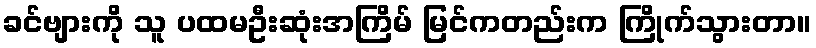
ခင်ဗျားကို သူ ပထမဦးဆုံးအကြိမ် မြင်ကတည်းက ကြိုက်သွားတာ။